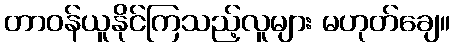
တာဝန်ယူနိုင်ကြသည့်လူများ မဟုတ်ချေ။